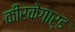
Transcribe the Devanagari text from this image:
कीरकेगार्ड